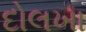
દોલખા